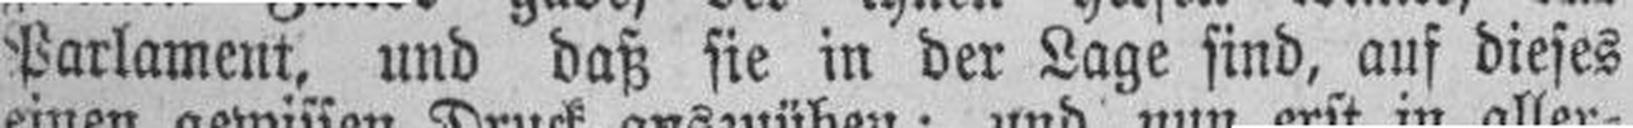
Parlament, und daß sie in der Lage sind, auf dieses